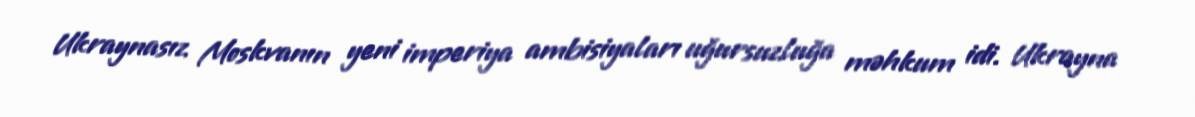
Ukraynasız Moskvanın yeni imperiya ambisiyaları uğursuzluğa məhkum idi. Ukrayna